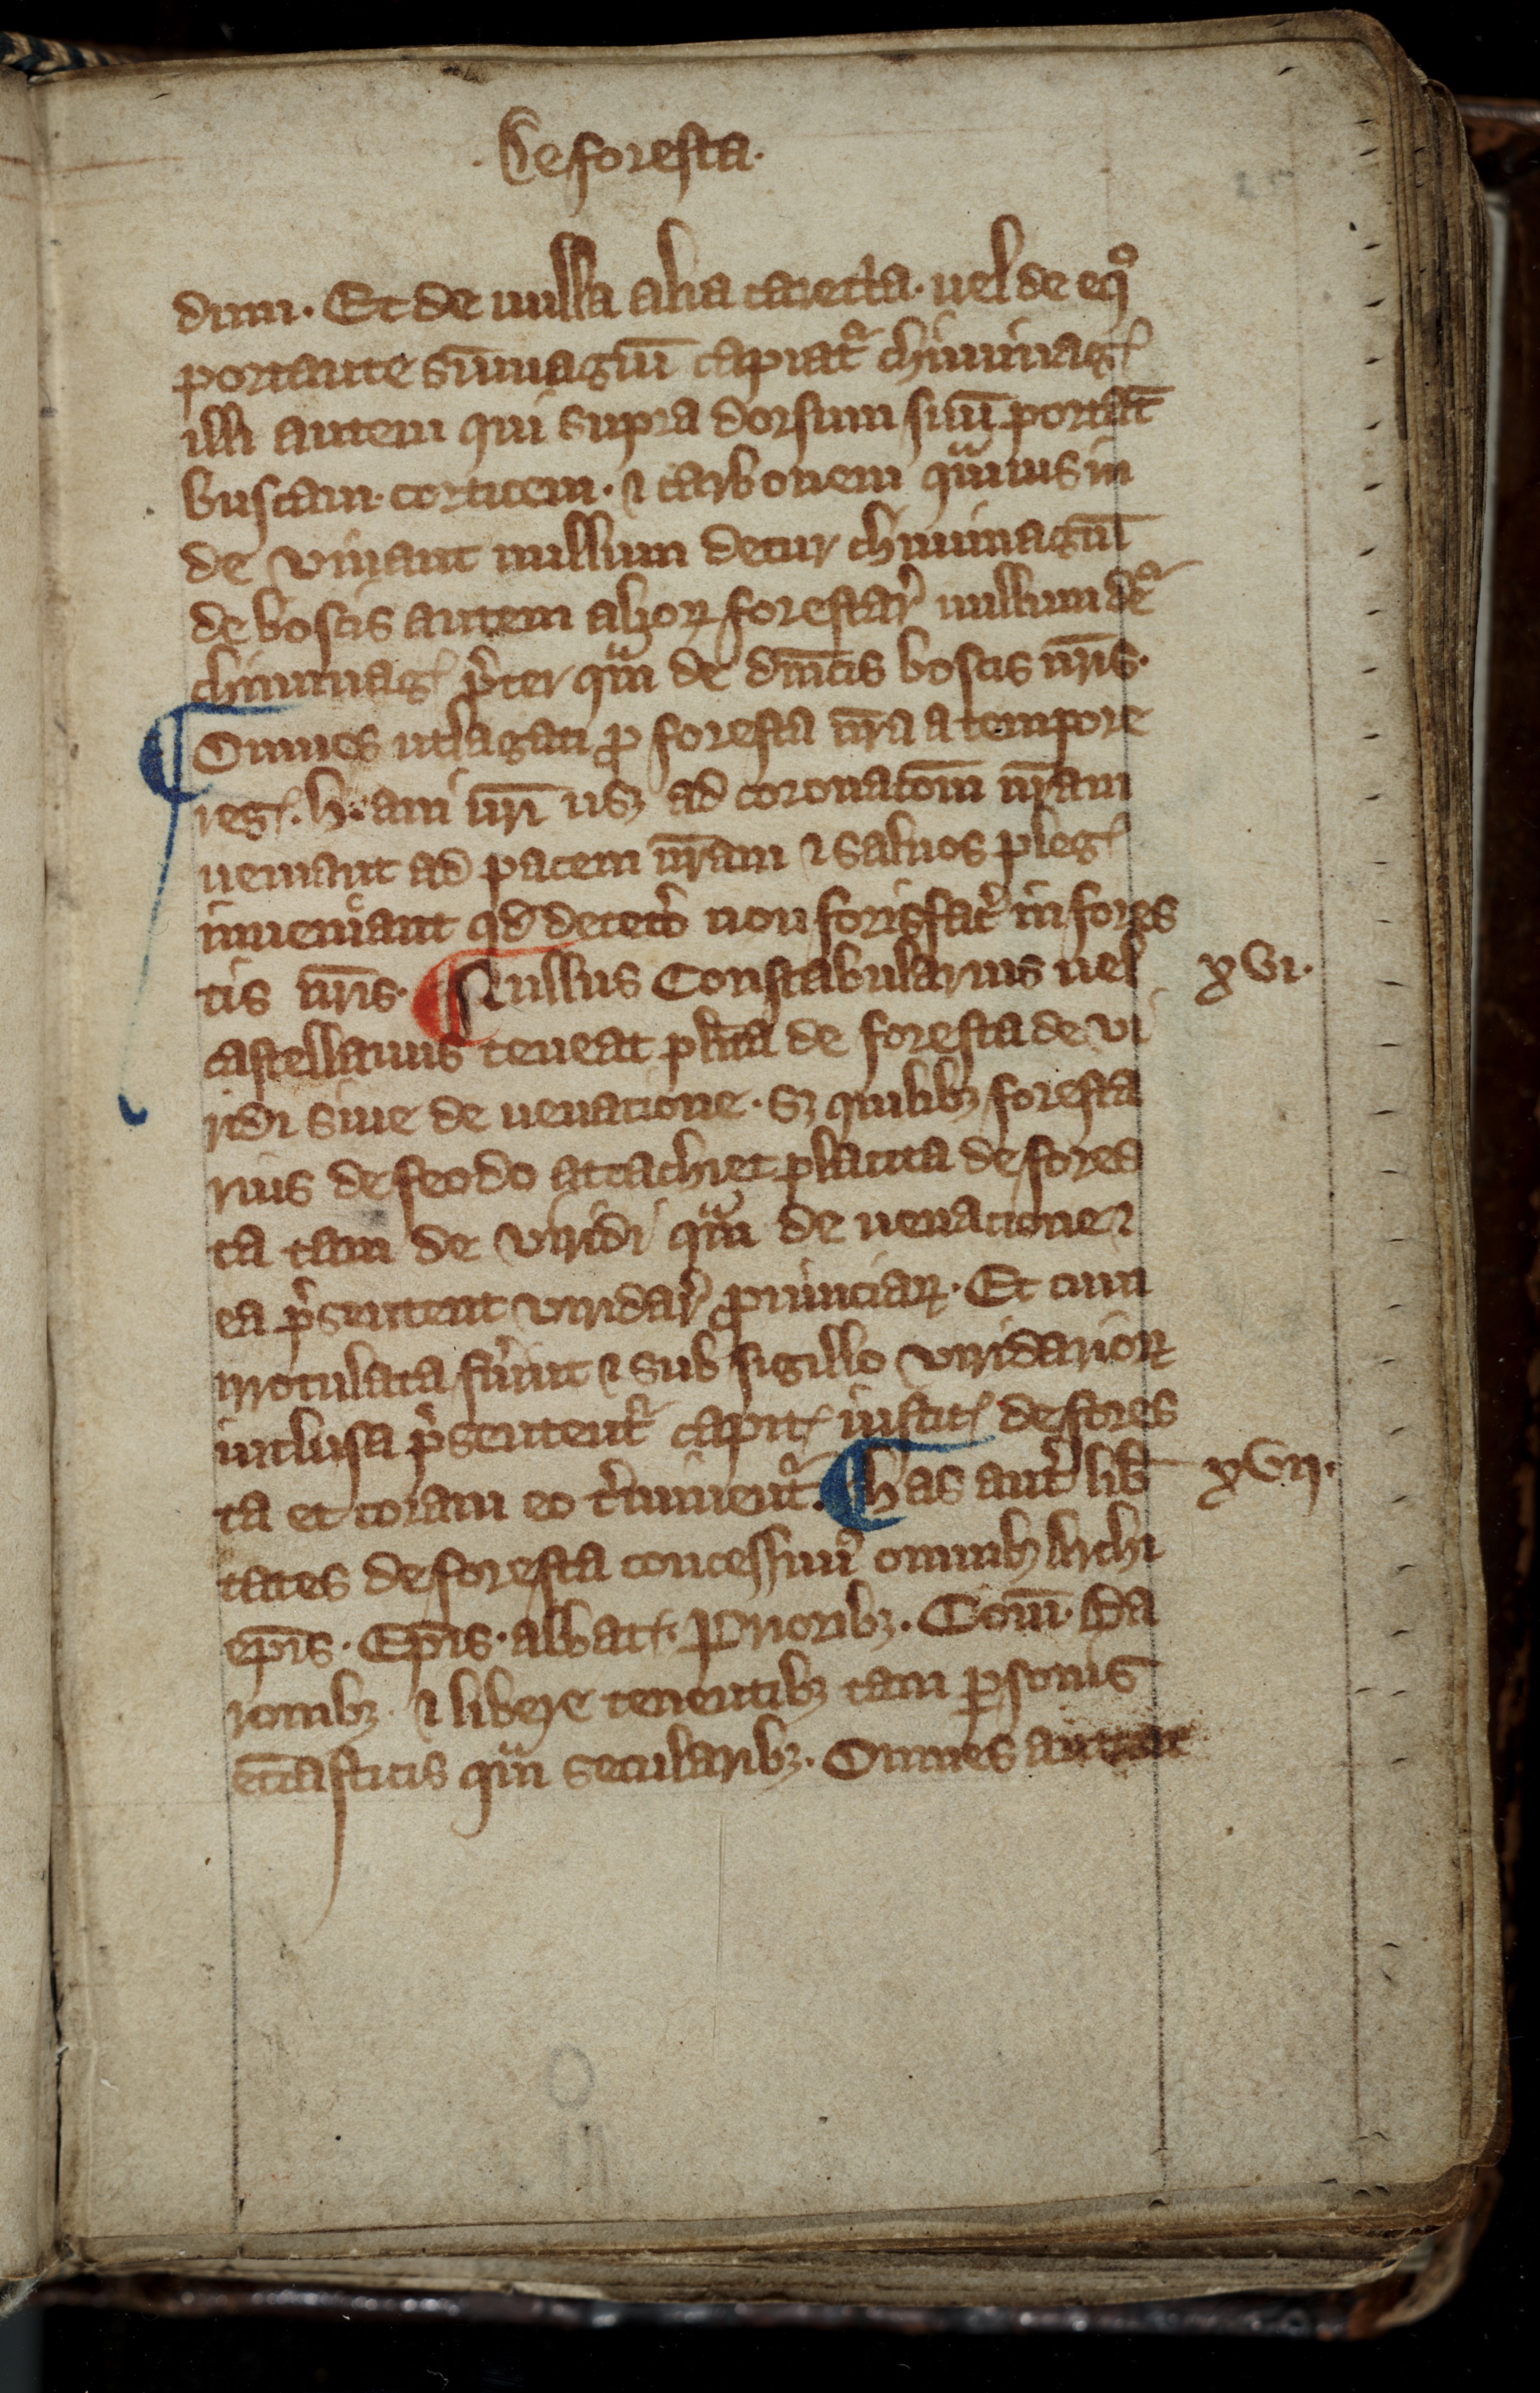
Shelfmark: Toronto, Fisher Library, ms. 01053
Century: 14